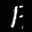
Label: 1